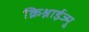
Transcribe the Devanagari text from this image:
क्रिश्नाईज्मु